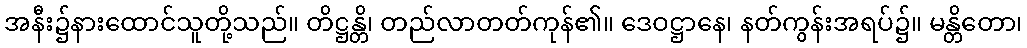
အနီး၌နားထောင်သူတို့သည်။ တိဋ္ဌန္တိ၊ တည်လာတတ်ကုန်၏။ ဒေဝဋ္ဌာနေ၊ နတ်ကွန်းအရပ်၌။ မန္တိတော၊